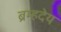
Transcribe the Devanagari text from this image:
ब्रम्हदेय